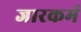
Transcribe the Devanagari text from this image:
जारकर्म